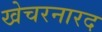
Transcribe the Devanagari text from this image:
खेचरनारद